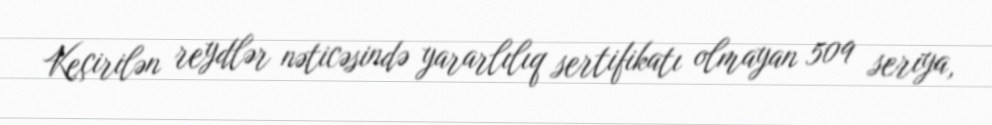
Keçirilən reydlər nəticəsində yararlılıq sertifikatı olmayan 509 seriya,